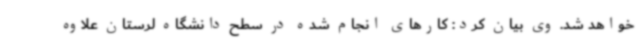
خواهد شد. وی بیان کرد: کارهای انجام شده در سطح دانشگاه لرستان علاوه